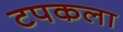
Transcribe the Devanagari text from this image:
टपकला